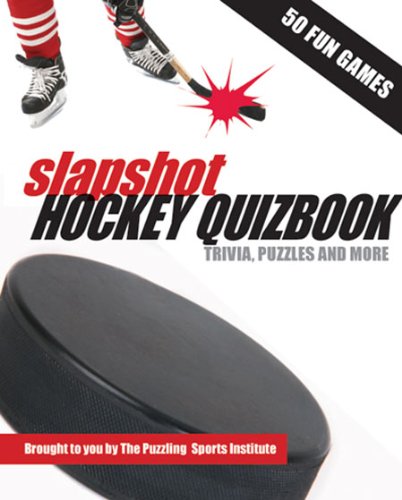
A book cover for Slapshot Hockey Quizbook: 50 Fun Games brought to you by The Puzzling Sports Institute (O Canada Crosswords); The Puzzling Sports Institute; Humor & Entertainment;